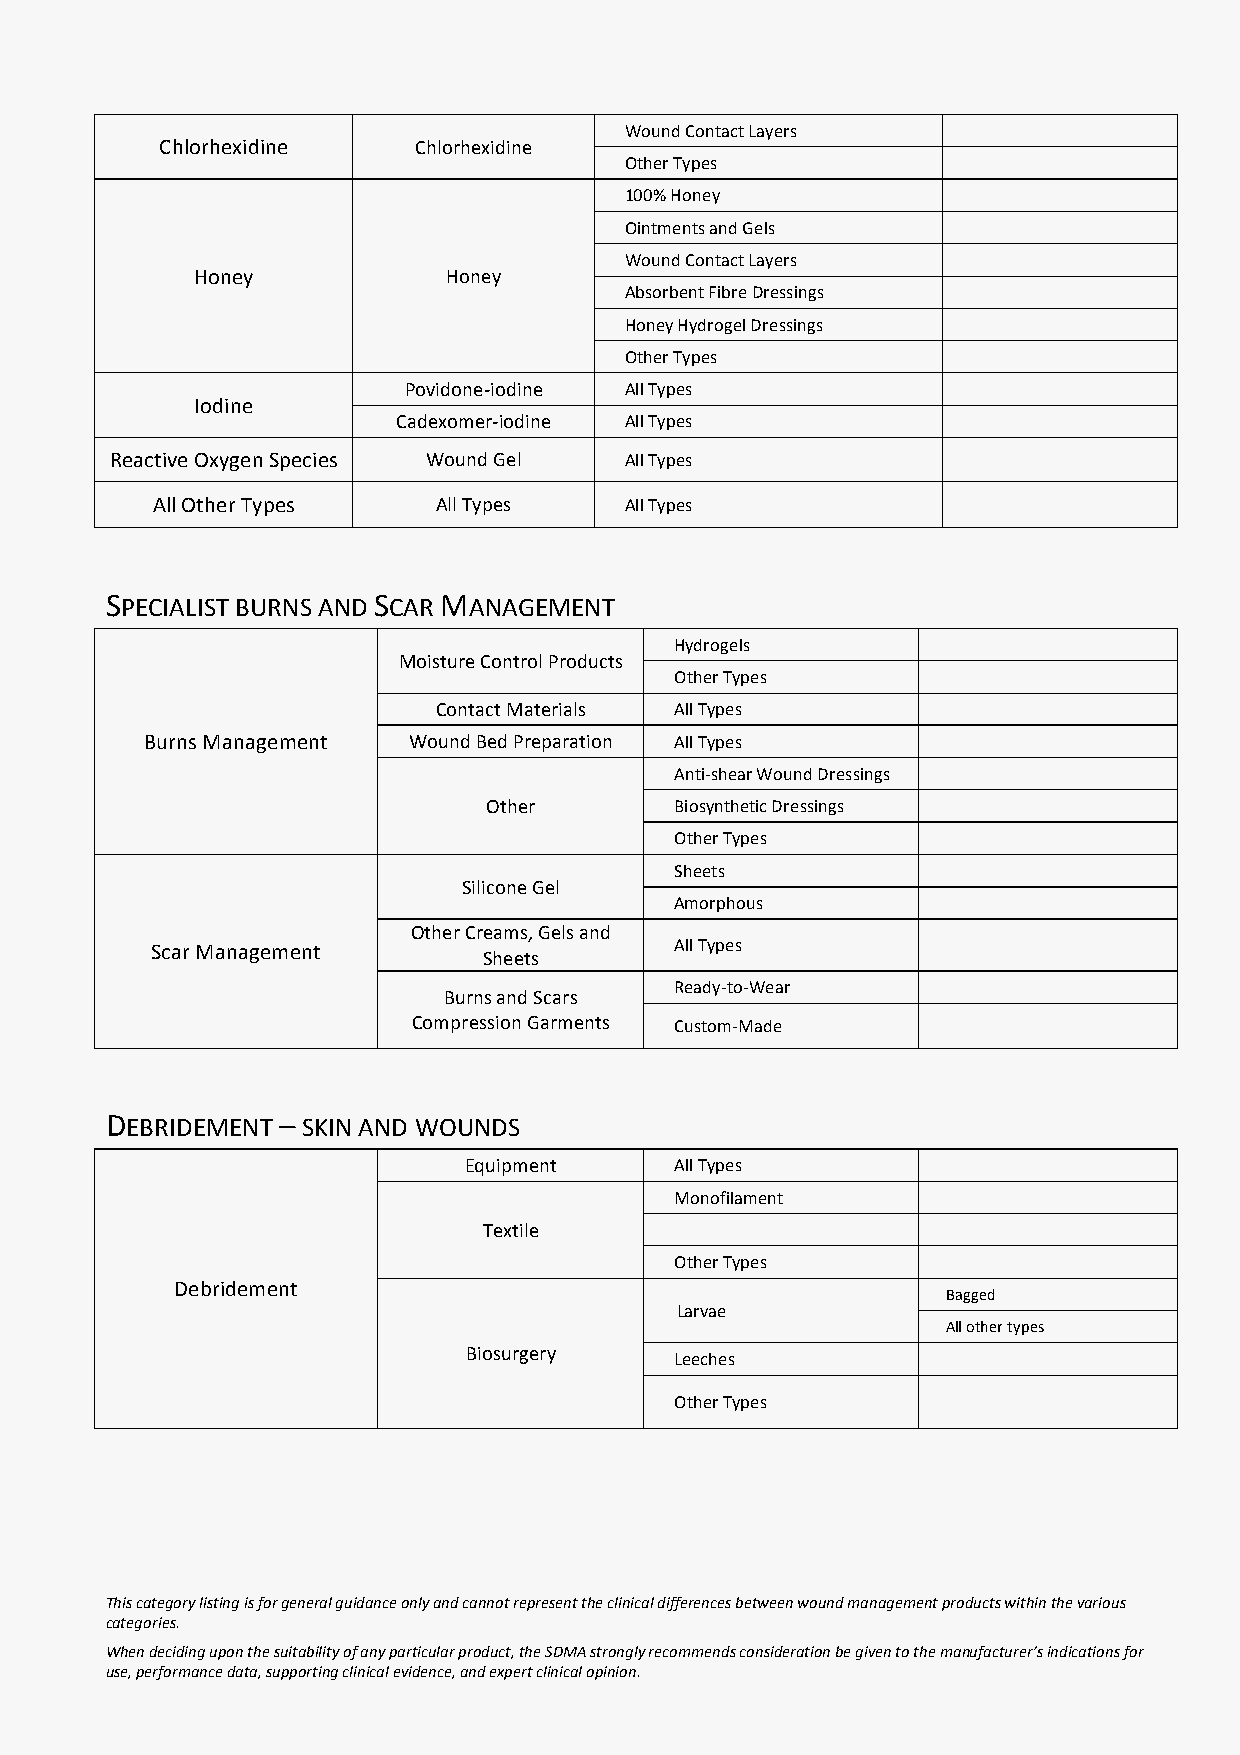
Wound Contact Layers
 Chlorhexidine   Chlorhexidine
 Other Types
 100% Honey
 Ointments and Gels
 Wound Contact Layers
 Honey            Honey
 Absorbent Fibre Dressings
 Honey Hydrogel Dressings
 Other Types
 Povidone-iodine All Types
 Iodine
 Cadexomer-iodine All Types
 Reactive Oxygen Species Wound Gel All Types
 All Other Types    All Types   All Types
 SPECIALIST BURNS AND SCAR MANAGEMENT
 Hydrogels
 Moisture Control Products
 Other Types
 Contact Materials All Types
 Burns Management Wound Bed Preparation All Types
 Anti-shear Wound Dressings
 Other        Biosynthetic Dressings
 Other Types
 Sheets
 Silicone Gel
 Amorphous
 Other Creams, Gels and
 Scar Management                    All Types
 Sheets
 Ready-to-Wear
 Burns and Scars
 Compression Garments Custom-Made
 DEBRIDEMENT – SKIN AND WOUNDS
 Equipment     All Types
 Monofilament
 Textile
 Other Types
 Debridement
 Bagged
 Larvae
 All other types
 Biosurgery
 Leeches
 Other Types
 This category listing is for general guidance only and cannot represent the clinical differences between wound management products within the various
 categories.
 When deciding upon the suitability of any particular product, the SDMA strongly recommends consideration be given to the manufacturer’s indications for
 use, performance data, supporting clinical evidence, and expert clinical opinion.